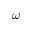
\omega